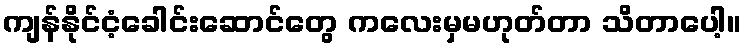
ကျန်နိုင်ငံ့ခေါင်းဆောင်တွေ ကလေးမှမဟုတ်တာ သိတာပေါ့။